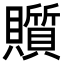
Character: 𧸲